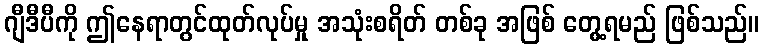
ဂျီဒီပီကို ဤနေရာတွင်ထုတ်လုပ်မှု အသုံးစရိတ် တစ်ခု အဖြစ် တွေ့ရမည် ဖြစ်သည်။